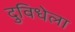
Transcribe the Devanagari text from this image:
दुविधेला